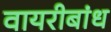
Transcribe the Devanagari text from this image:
वायरीबांध